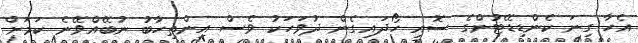
އެހާ ގިނަ ކެންޑިޑޭޓުންގެ ސޮއި ހޯދައިގެން ދުވަހަކު ވެސް އިންތިހާބު ނުބޭއްވޭނެ ކަމަށް